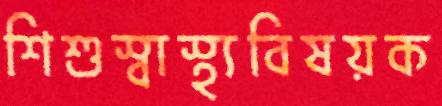
শিশুস্বাস্থ্যবিষয়ক